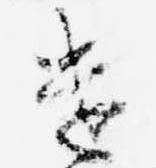
遣